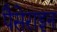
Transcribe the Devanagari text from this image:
पैसेराइन